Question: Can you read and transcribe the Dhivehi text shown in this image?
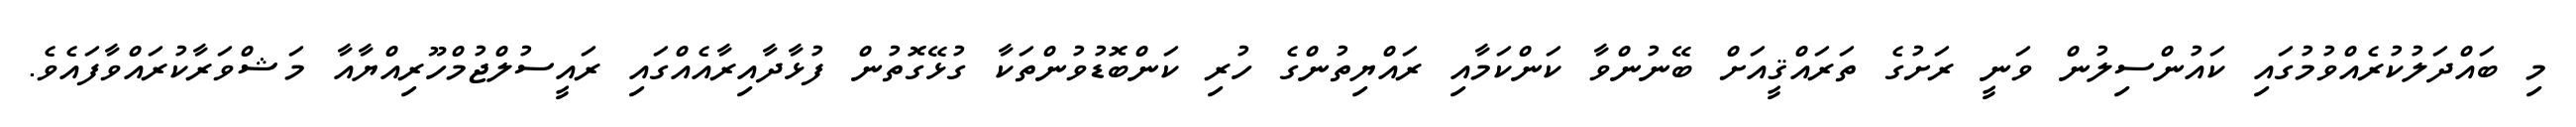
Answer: މި ބައްދަލުކުރެއްވުމުގައި ކައުންސިލުން ވަނީ ރަށުގެ ތަރައްޤީއަށް ބޭނުންވާ ކަންކަމާއި ރައްޔިތުންގެ ހުރި ކަންބޮޑުވުންތަކާ ގުޅޭގޮތުން ފުޅާދާއިރާއެއްގައި ރައީސުލްޖުމްހޫރިއްޔާއާ މަޝްވަރާކުރައްވާފައެވެ.